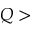
Q >